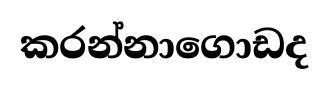
කරන්නාගොඩද